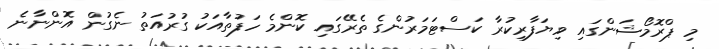
މި ޕްރޮމޯޝަންގައި ވިޔަފާރިކުރާ ކަސްޓަމަރުންގެ ތެރޭގައި ކޮންމެ ހަފުތާއަކު ގުރުއަތު ނެގުން އޮންނާނެ